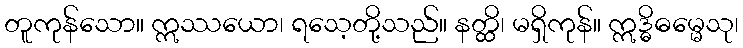
တူကုန်သော။ ဣဿယော၊ ရသေ့တို့သည်။ နတ္ထိ၊ မရှိကုန်။ ဣဒ္ဓိဓမ္မေသု၊